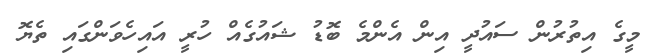
މީގެ އިތުރުން ސައުދީ އިން އެންމެ ބޮޑު ޝައުގެއް ހުރީ އައިހެވަންގައި ތެޔޮ